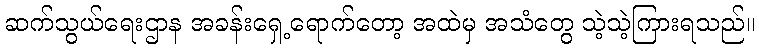
ဆက်သွယ်ရေးဌာန အခန်းရှေ့ရောက်တော့ အထဲမှ အသံတွေ သဲ့သဲ့ကြားရသည်။